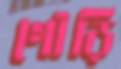
গৌড়ি